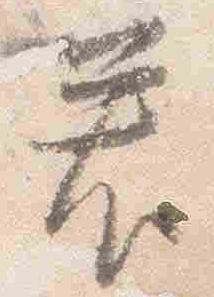
若